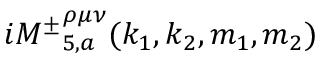
i { M ^ { \pm } } _ { 5 , a } ^ { \rho \mu \nu } ( k _ { 1 } , k _ { 2 } , m _ { 1 } , m _ { 2 } )